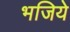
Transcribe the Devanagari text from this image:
भजिये